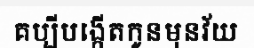
គប្បីបង្កើតកូនមុនវ័យ